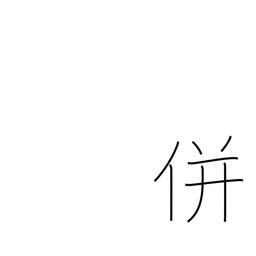
Meaning: unite